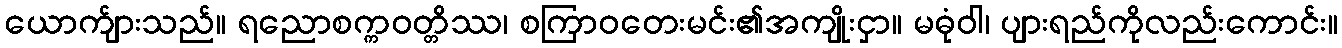
ယောက်ျားသည်။ ရညောစက္ကဝတ္တိဿ၊ စကြာဝတေးမင်း၏အကျိုးငှာ။ မဓုံဝါ၊ ပျားရည်ကိုလည်းကောင်း။